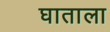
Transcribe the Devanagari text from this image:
घाताला